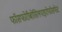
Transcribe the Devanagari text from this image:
फॉसफोरीबोसिलपाइरोफॉसफेट